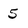
Character: 5